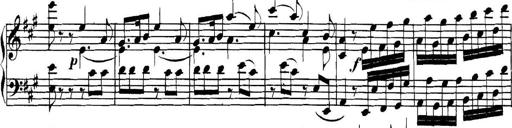
Title: Collected Piano Sonatas
Composer: Muzio Clementi